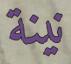
نينة